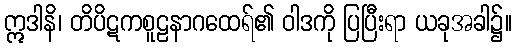
ဣဒါနိ၊ တိပိဋကစူဠနာဂထေရ်၏ ဝါဒကို ပြပြီးရာ ယခုအခါ၌။